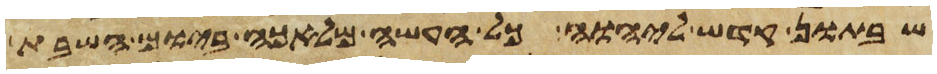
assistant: שבתון קדש ליהוה כל העשה מלאכה ביום השבת